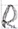
Text: R